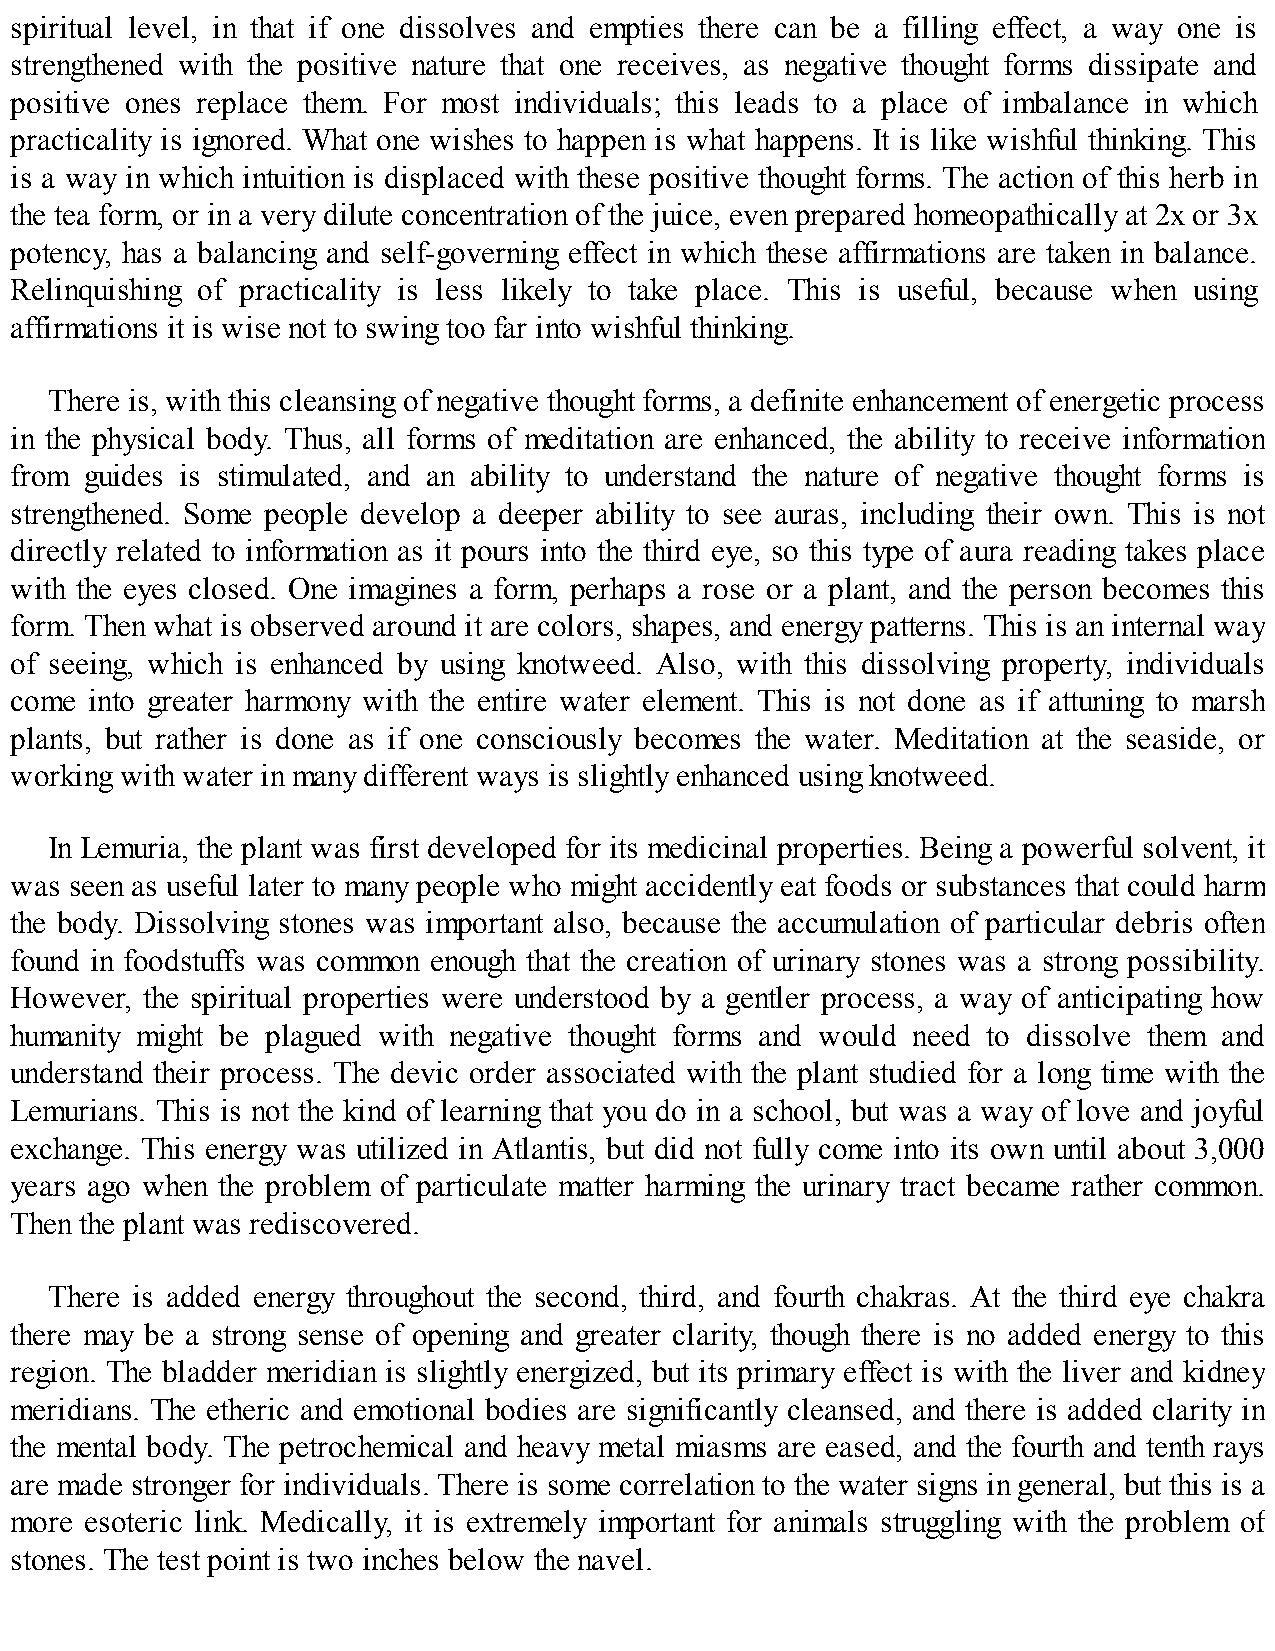
spiritual level, in that if one dissolves and empties there can be a filling effect, a way one is
 strengthened with the positive nature that one receives, as negative thought forms dissipate and
 positive ones replace them. For most individuals; this leads to a place of imbalance in which
 practicality is ignored. What one wishes to happen is what happens. It is like wishful thinking. This
 is a way in which intuition is displaced with these positive thought forms. The action of this herb in
 the tea form, or in a very dilute concentration of the juice, even prepared homeopathically at 2x or 3x
 potency, has a balancing and self-governing effect in which these affirmations are taken in balance.
 Relinquishing of practicality is less likely to take place. This is useful, because when using
 affirmations it is wise not to swing too far into wishful thinking.
 There is, with this cleansing of negative thought forms, a definite enhancement of energetic process
 in the physical body. Thus, all forms of meditation are enhanced, the ability to receive information
 from guides is stimulated, and an ability to understand the nature of negative thought forms is
 strengthened. Some people develop a deeper ability to see auras, including their own. This is not
 directly related to information as it pours into the third eye, so this type of aura reading takes place
 with the eyes closed. One imagines a form, perhaps a rose or a plant, and the person becomes this
 form. Then what is observed around it are colors, shapes, and energy patterns. This is an internal way
 of seeing, which is enhanced by using knotweed. Also, with this dissolving property, individuals
 come into greater harmony with the entire water element. This is not done as if attuning to marsh
 plants, but rather is done as if one consciously becomes the water. Meditation at the seaside, or
 working with water in many different ways is slightly enhanced using knotweed.
 In Lemuria, the plant was first developed for its medicinal properties. Being a powerful solvent, it
 was seen as useful later to many people who might accidently eat foods or substances that could harm
 the body. Dissolving stones was important also, because the accumulation of particular debris often
 found in foodstuffs was common enough that the creation of urinary stones was a strong possibility.
 However, the spiritual properties were understood by a gentler process, a way of anticipating how
 humanity might be plagued with negative thought forms and would need to dissolve them and
 understand their process. The devic order associated with the plant studied for a long time with the
 Lemurians. This is not the kind of learning that you do in a school, but was a way of love and joyful
 exchange. This energy was utilized in Atlantis, but did not fully come into its own until about 3,000
 years ago when the problem of particulate matter harming the urinary tract became rather common.
 Then the plant was rediscovered.
 There is added energy throughout the second, third, and fourth chakras. At the third eye chakra
 there may be a strong sense of opening and greater clarity, though there is no added energy to this
 region. The bladder meridian is slightly energized, but its primary effect is with the liver and kidney
 meridians. The etheric and emotional bodies are significantly cleansed, and there is added clarity in
 the mental body. The petrochemical and heavy metal miasms are eased, and the fourth and tenth rays
 are made stronger for individuals. There is some correlation to the water signs in general, but this is a
 more esoteric link. Medically, it is extremely important for animals struggling with the problem of
 stones. The test point is two inches below the navel.